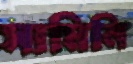
সামিনি